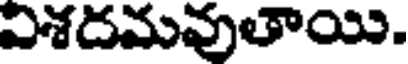
విశదమవుతాయి.